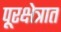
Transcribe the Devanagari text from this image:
पूरक्षेत्रात